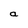
Character: a